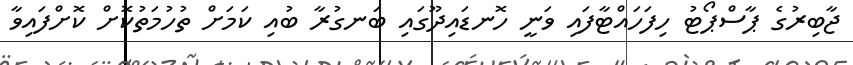
ޖާބިރުގެ ޕާސްޕޯޓު ހިފަހައްޓާފައި ވަނީ ހޮނޑައިދޫގައި ބަނގުރާ ބުއި ކަމަށް ތުހުމަތުކޮށް ކޮށްފައިވާ